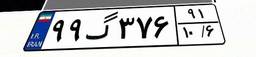
۹۹گ۳۷۶۹۱